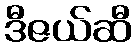
ဒီဇယ်ဆီ